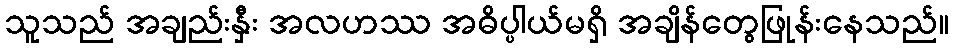
သူသည် အချည်းနှီး အလဟဿ အဓိပ္ပါယ်မရှိ အချိန်တွေဖြုန်းနေသည်။